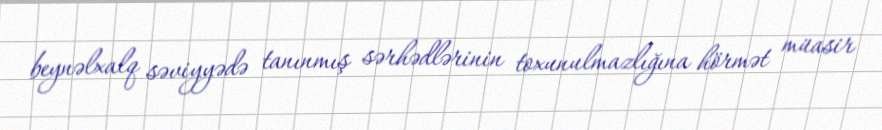
beynəlxalq səviyyədə tanınmış sərhədlərinin toxunulmazlığına hörmət müasir